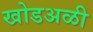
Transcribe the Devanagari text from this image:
खोडअळी